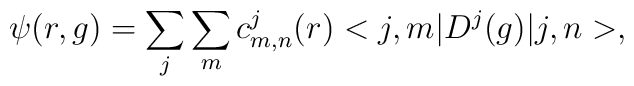
\psi(r,g)=\sum_{j}\sum_{m}c^{j}_{m,n}(r)<j,m|D^{j}(g)|j,n>,